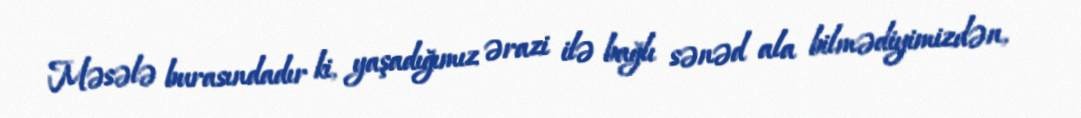
Məsələ burasındadır ki, yaşadığımız ərazi ilə bağlı sənəd ala bilmədiyimizdən,